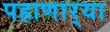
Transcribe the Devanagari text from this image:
पहाणार्‍या